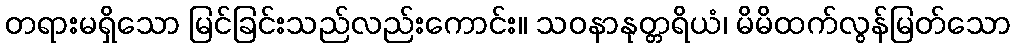
တရားမရှိသော မြင်ခြင်းသည်လည်းကောင်း။ သဝနာနုတ္တရိယံ၊ မိမိထက်လွန်မြတ်သော